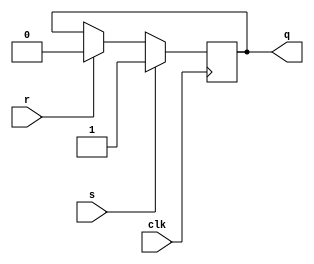
module sr_flipflop (
    input wire s, // set signal
    input wire r, // reset signal
    input wire clk, // clock signal
    output reg q // output signal
);

always @(posedge clk) begin
    if (s) begin
        q <= 1; // set output to 1
    end else if (r) begin
        q <= 0; // reset output to 0
    end
end

endmodule